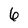
Character: 6